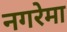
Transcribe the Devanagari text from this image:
नगरेमा